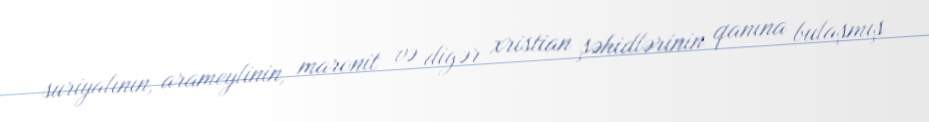
suriyalının, arameylinin, maronit və digər xristian şəhidlərinin qanına bulaşmış